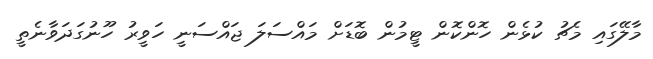
މާލޭގައި މެޗު ކުޅެން ހޮންކޮން ޓީމުން ބޮޑަށް މައްސަލަ ޖައްސަނީ ހަވީރު ހޫނުގަދަވާނެތީ